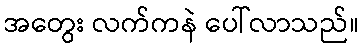
အတွေး လက်ကနဲ ပေါ်လာသည်။